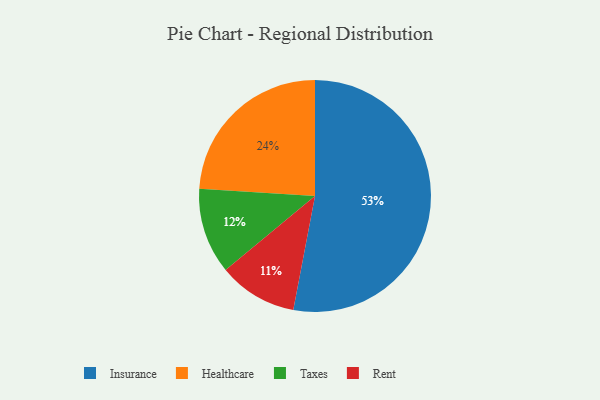
{"axis": {"x": "Category", "y": "Percentage"}, "legend": ["Healthcare", "Insurance", "Rent", "Taxes"], "data": [{"x": "Rent", "y": 11, "type": "Rent"}, {"x": "Taxes", "y": 12, "type": "Taxes"}, {"x": "Insurance", "y": 53, "type": "Insurance"}, {"x": "Healthcare", "y": 24, "type": "Healthcare"}]}